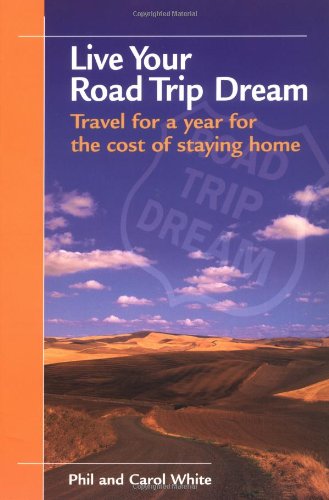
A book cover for Live Your Road Trip Dream: Travel for a Year for the Cost of Staying Home; Phil White; Travel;